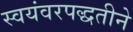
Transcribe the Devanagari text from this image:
स्वयंवरपद्धतीने